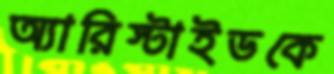
অ্যারিস্টাইডকে